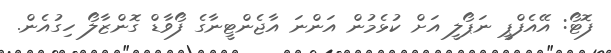
ފޮޓޯ: އޭއެފްޕީ ނަޕޯލީ އަށް ކުޅެމުން އަންނަ އާޖެންޓީނާގެ ފޯވާޑް ގޮންޒާލޯ ހިގުއެން.